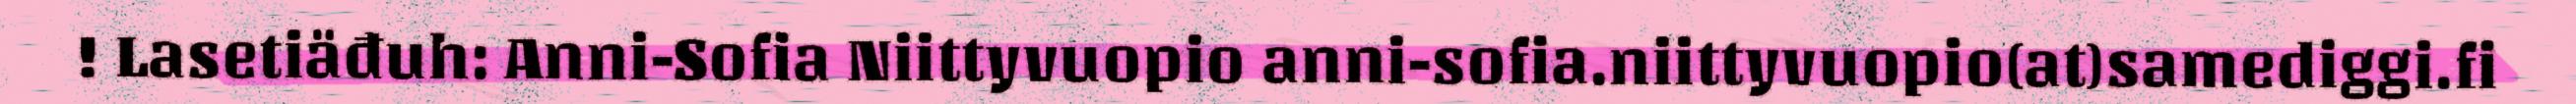
! Lasetiäđuh: Anni-Sofia Niittyvuopio anni-sofia.niittyvuopio(at)samediggi.fi